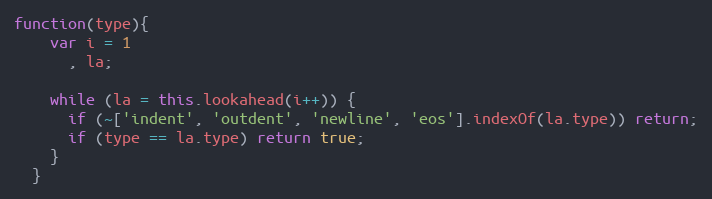
Language: JavaScript
function(type){
    var i = 1
      , la;

    while (la = this.lookahead(i++)) {
      if (~['indent', 'outdent', 'newline', 'eos'].indexOf(la.type)) return;
      if (type == la.type) return true;
    }
  }